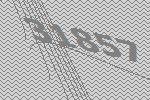
31857